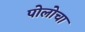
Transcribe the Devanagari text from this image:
पोलोचा